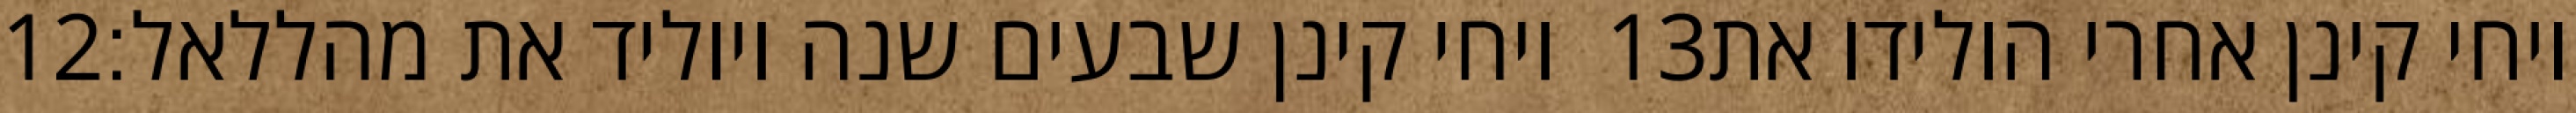
‎12‏ ויחי קינן שבעים שנה ויוליד את מהללאל׃ ‎13‏ ויחי קינן אחרי הולידו את